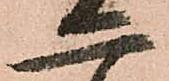
二